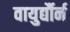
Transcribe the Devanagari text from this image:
वायुर्द्यौर्न